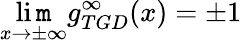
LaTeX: \operatorname*{li\mathtt{m}}_{x\to\pm\infty}g_{TGD}^{\infty}(x)=\pm1